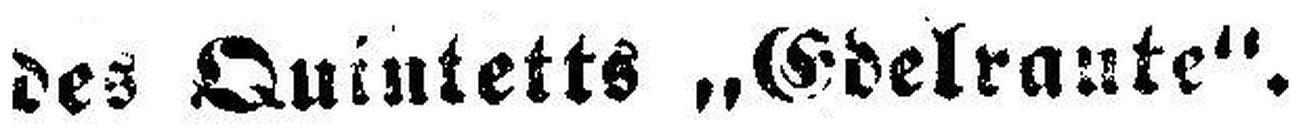
des Quintetts „Gdelrante“.